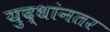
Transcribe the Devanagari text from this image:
युद्धांनतर